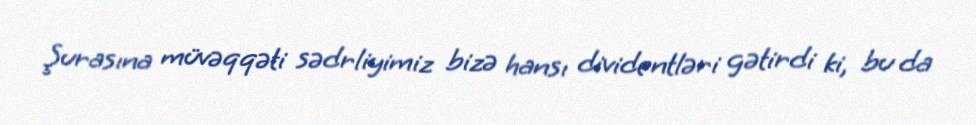
Şurasına müvəqqəti sədrliyimiz bizə hansı dividentləri gətirdi ki, bu da